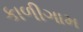
કાળીગામ